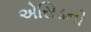
એસિડની